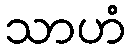
သာဟံ